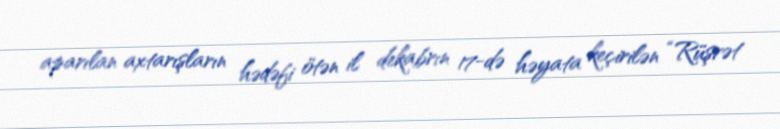
aparılan axtarışların hədəfi ötən il dekabrın 17-də həyata keçirilən “Rüşvət